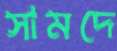
সামদে